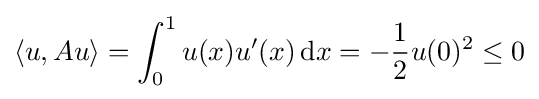
\langle u,Au\rangle =\int _{0}^{1}u(x)u'(x)\,\mathrm {d} x=-{\frac {1}{2}}u(0)^{2}\leq 0